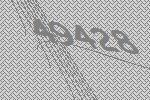
49428